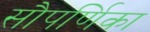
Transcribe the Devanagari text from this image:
सौपर्णिका